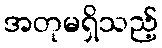
အတုမရှိသည့်